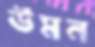
উমন